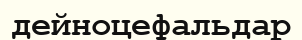
дейноцефальдар